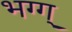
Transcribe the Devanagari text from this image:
भग्ग्